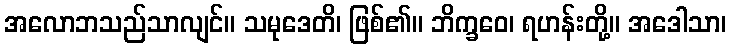
အလောဘသည်သာလျင်။ သမုဒေတိ၊ ဖြစ်၏။ ဘိက္ခဝေ၊ ရဟန်းတို့။ အဒေါသာ၊